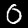
Digit: 0